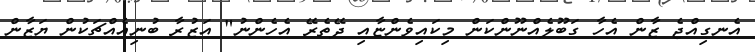
އެނގިއްޖެ ޒާން އެހާ ގަބޫލެއްނޫންކަން މިކައިވެންޏާއި ދޭތެރޭ އެހެންނު" އަޒުރާ ބުނިއެއްޗަކުން ޔަޒާން